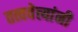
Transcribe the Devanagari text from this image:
तत्ववेत्त्यांनी